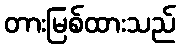
တားမြစ်ထားသည်